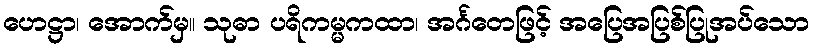
ဟေဋ္ဌာ၊ အောက်မှ။ သုဓာ ပရိကမ္မကထာ၊ အင်္ဂတေဖြင့် အပြေအပြစ်ပြုအပ်သော